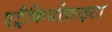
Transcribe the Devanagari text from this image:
एट्रैकियोफ़ाइटा